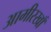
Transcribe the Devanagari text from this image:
आमीरखाँ